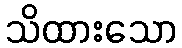
သိထားသော